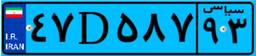
۴۷D۵۸۷۹۳